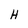
Character: H